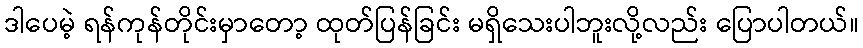
ဒါပေမဲ့ ရန်ကုန်တိုင်းမှာတော့ ထုတ်ပြန်ခြင်း မရှိသေးပါဘူးလို့လည်း ပြောပါတယ်။